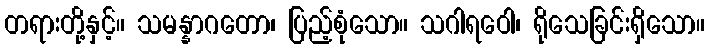
တရားတို့နှင့်။ သမန္နာဂတော၊ ပြည့်စုံသော။ သဂါရဝေါ၊ ရိုသေခြင်းရှိသော။